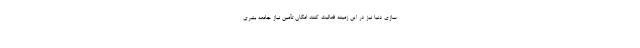
سازی دنیا نیز در این زمینه فعالیت کنند امکان تأمین نیاز جامعه بشری